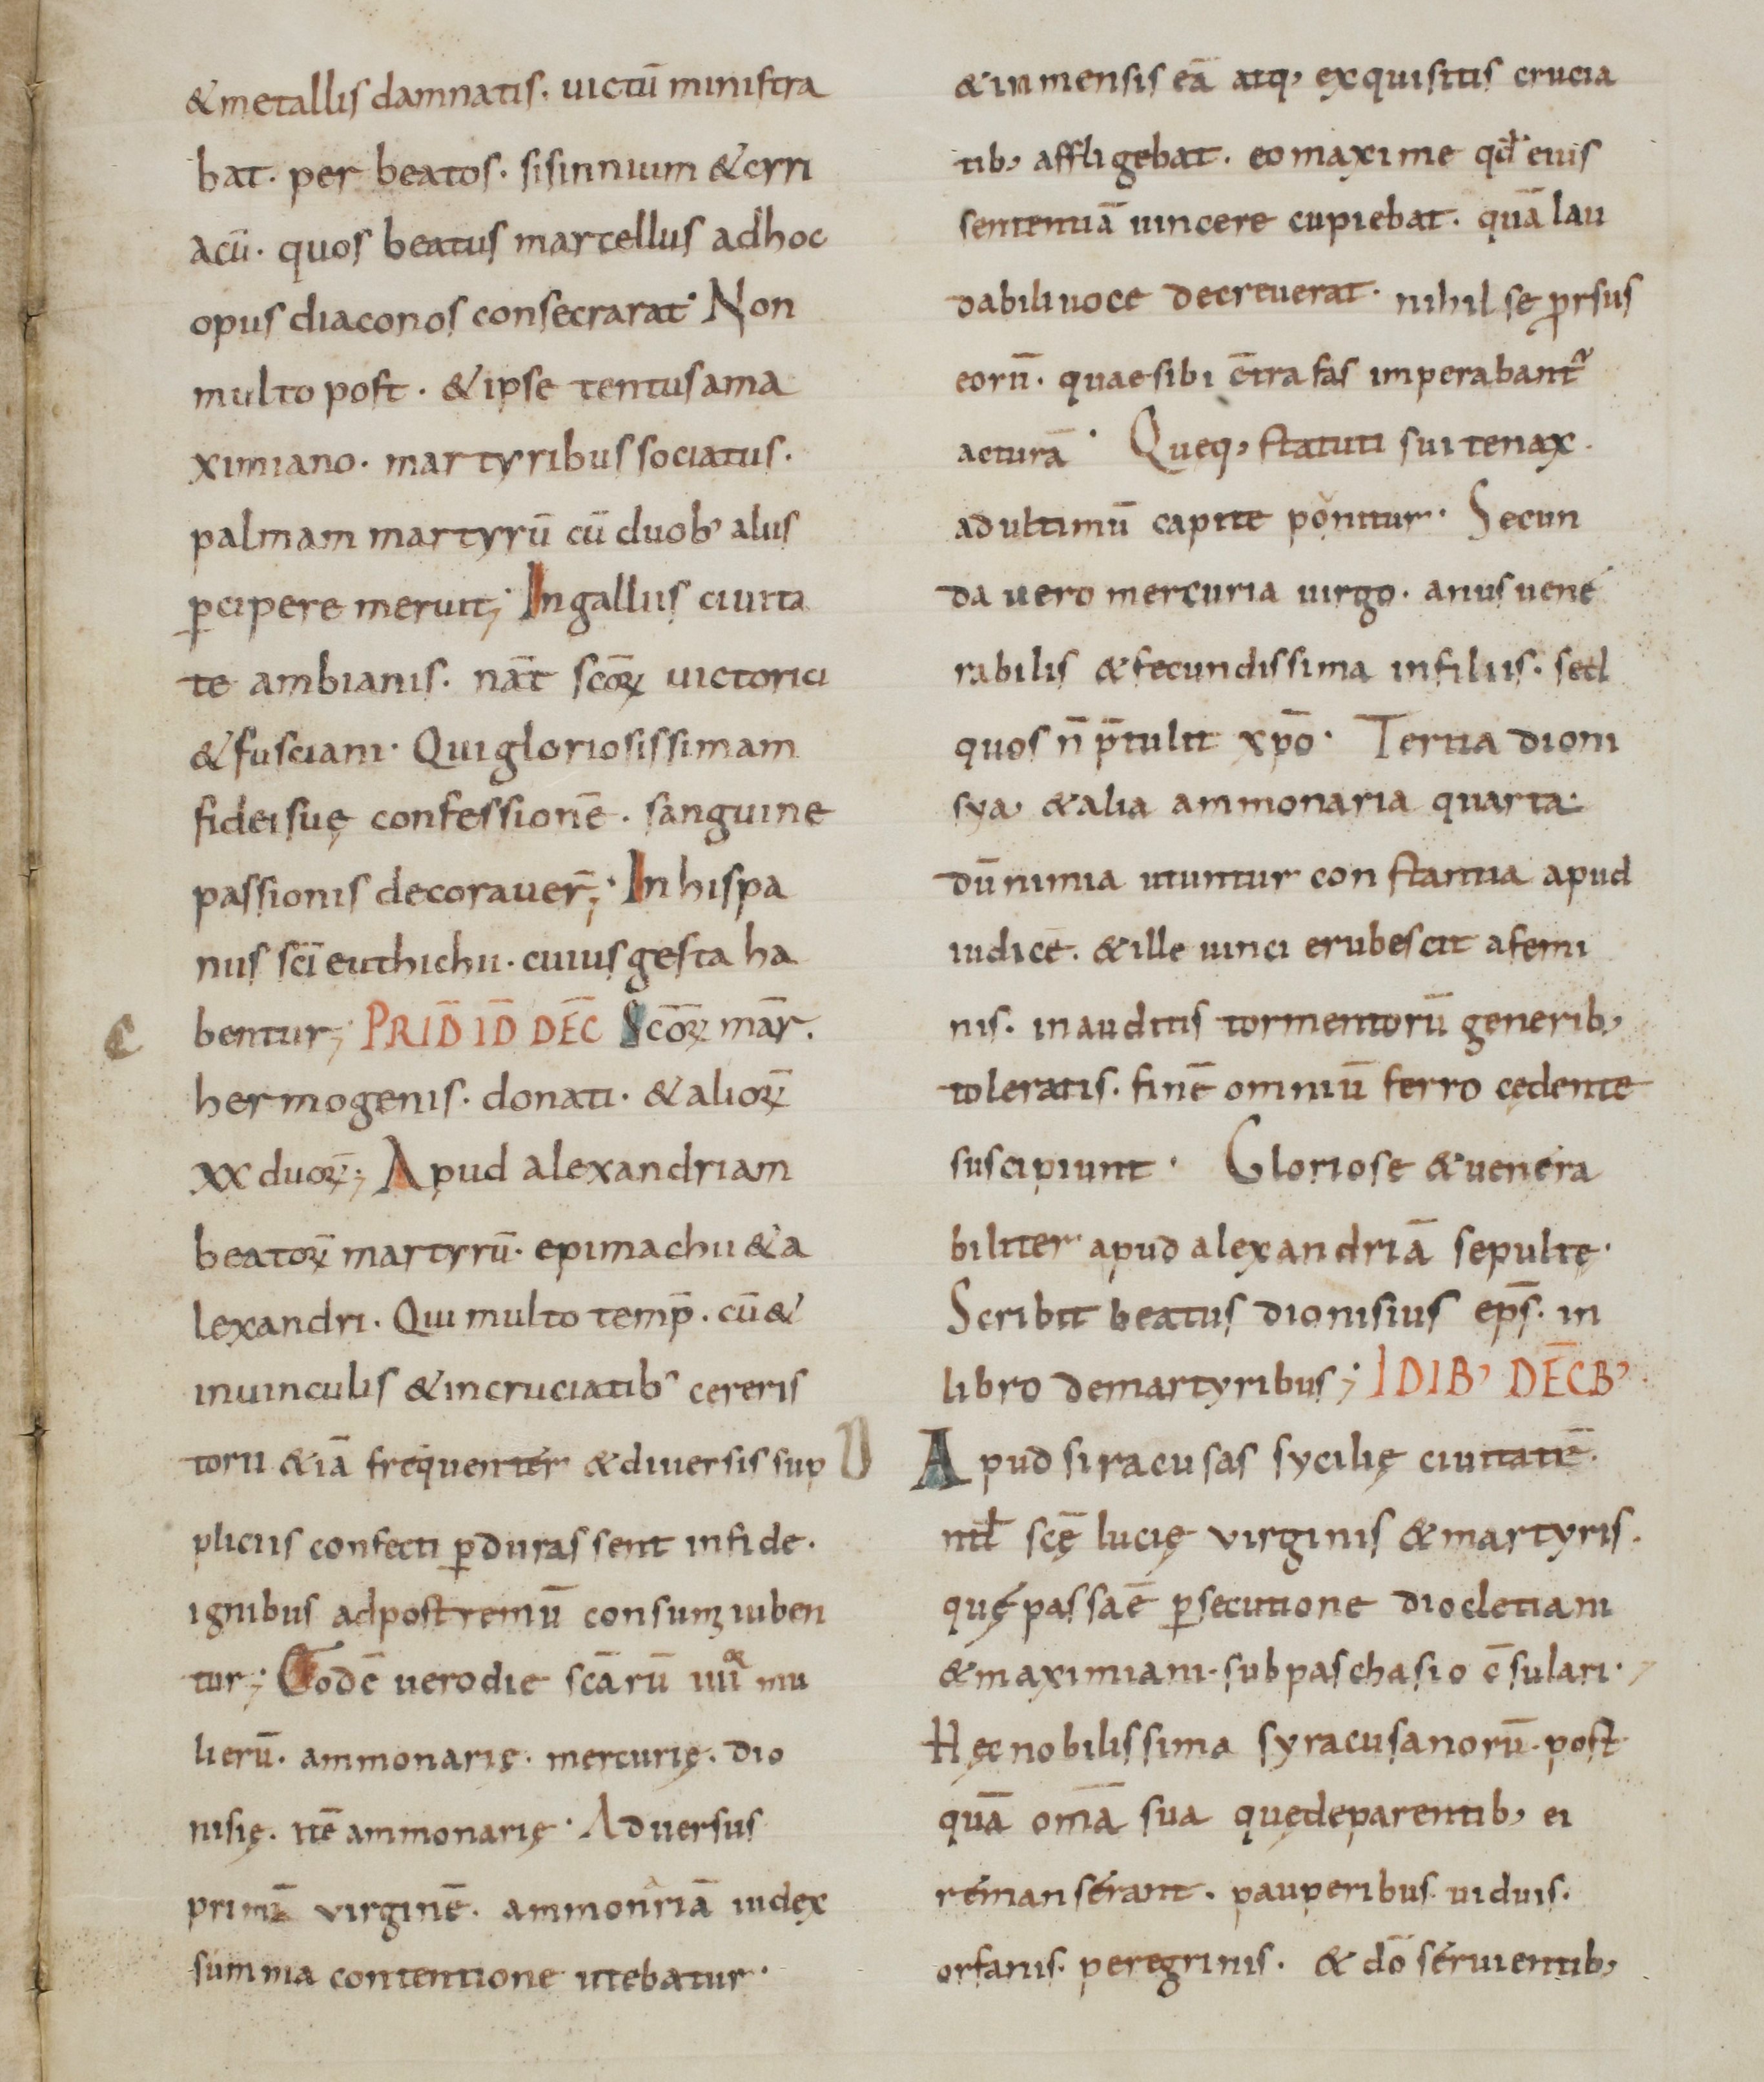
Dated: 800–949